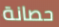
حصانة